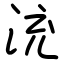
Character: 㳘